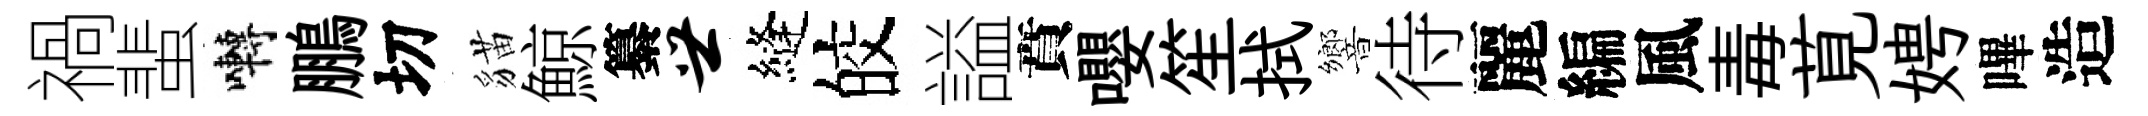
禍蜚囀鵬切貓鯨纂世縫皎謚賁嚶笙拭響待麗編風毒莧娉嗶造